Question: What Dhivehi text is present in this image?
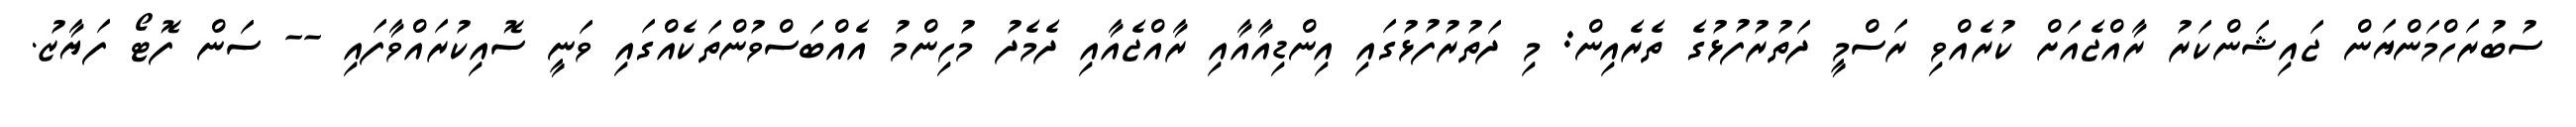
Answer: ސުބުރަހްމަންޔަން ޖައިޝަންކަރު ރާއްޖެއަށް ކުރެއްވި ރަސްމީ ދަތުރުފުޅުގެ ތެރެއިން: މި ދަތުރުފުޅުގައި އިންޑިއާއާއި ރާއްޖެއާއި ދެމެދު މުހިންމު އެއްބަސްވުންތަކެއްގައި ވަނީ ސޮއިކުރައްވާފައި -- ސަން ފޮޓޯ ފަޔާޒު.